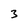
Character: 3